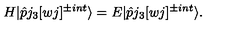
H | \hat { p } j _ { 3 } [ w j ] ^ { \pm i n t } \rangle = E | \hat { p } j _ { 3 } [ w j ] ^ { \pm i n t } \rangle .